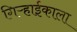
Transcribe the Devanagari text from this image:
गिऱ्हाईकाला